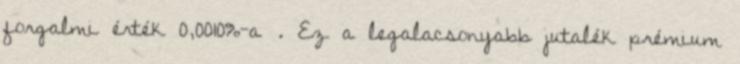
forgalmi érték 0,0010%-a . Ez a legalacsonyabb jutalék prémium